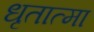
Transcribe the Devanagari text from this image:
धृतात्मा